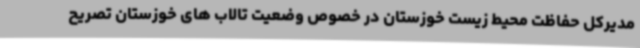
مدیرکل حفاظت محیط زیست خوزستان در خصوص وضعیت تالاب های خوزستان تصریح